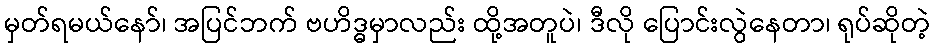
မှတ်ရမယ်နော်၊ အပြင်ဘက် ဗဟိဒ္ဓမှာလည်း ထို့အတူပဲ၊ ဒီလို ပြောင်းလွဲနေတာ၊ ရုပ်ဆိုတဲ့